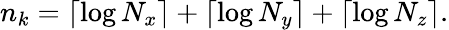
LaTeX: n_{k}=\lceil\log N_{x}\rceil+\lceil\log N_{y}\rceil+\lceil\log N_{z}\rceil.